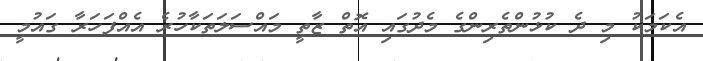
އެކަމަކު މި ދެ ކުޅުންތެރިންގެ މެދުގައި އޮތް ޒާތީ މައްސަލަތަކާހުރެ އެއްފަހަރާ ގައުމީ